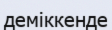
деміккенде